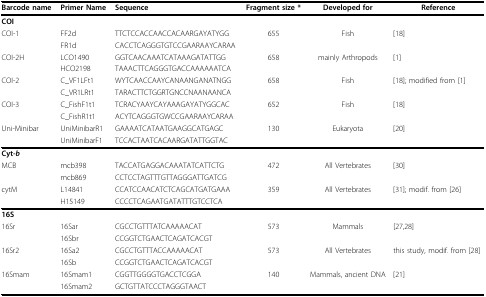
<table><thead><tr><td><b>Barcode name</b></td><td><b>Primer Name</b></td><td><b>Sequence</b></td><td><b>Fragment size *</b></td><td><b>Developed for</b></td><td><b>Reference</b></td></tr></thead><tbody><tr><td><b>COI</b></td><td></td><td></td><td></td><td></td><td></td></tr><tr><td>COI-1</td><td>FF2d</td><td>TTCTCCACCAACCACAARGAYATYGG</td><td>655</td><td>Fish</td><td>[18]</td></tr><tr><td></td><td>FR1d</td><td>CACCTCAGGGTGTCCGAARAAYCARAA</td><td></td><td></td><td></td></tr><tr><td>COI-2H</td><td>LCO1490</td><td>GGTCAACAAATCATAAAGATATTGG</td><td>658</td><td>mainly Arthropods</td><td>[1]</td></tr><tr><td></td><td>HCO2198</td><td>TAAACTTCAGGGTGACCAAAAAATCA</td><td></td><td></td><td></td></tr><tr><td>COI-2</td><td>C_VF1LFt1</td><td>WYTCAACCAAYCANAANGANATNGG</td><td>658</td><td>Fish</td><td>[18]; modified from [1]</td></tr><tr><td></td><td>C_VR1LRt1</td><td>TARACTTCTGGRTGNCCNAANAANCA</td><td></td><td></td><td></td></tr><tr><td>COI-3</td><td>C_FishF1t1</td><td>TCRACYAAYCAYAAAGAYATYGGCAC</td><td>652</td><td>Fish</td><td>[18]</td></tr><tr><td></td><td>C_FishR1t1</td><td>ACYTCAGGGTGWCCGAARAAYCARAA</td><td></td><td></td><td></td></tr><tr><td>Uni-Minibar</td><td>UniMinibarR1</td><td>GAAAATCATAATGAAGGCATGAGC</td><td>130</td><td>Eukaryota</td><td>[20]</td></tr><tr><td></td><td>UniMinibarF1</td><td>TCCACTAATCACAARGATATTGGTAC</td><td></td><td></td><td></td></tr><tr><td><b>Cyt-<i>b</i></b></td><td></td><td></td><td></td><td></td><td></td></tr><tr><td>MCB</td><td>mcb398</td><td>TACCATGAGGACAAATATCATTCTG</td><td>472</td><td>All Vertebrates</td><td>[30]</td></tr><tr><td></td><td>mcb869</td><td>CCTCCTAGTTTGTTAGGGATTGATCG</td><td></td><td></td><td></td></tr><tr><td>cytM</td><td>L14841</td><td>CCATCCAACATCTCAGCATGATGAAA</td><td>359</td><td>All Vertebrates</td><td>[31]; modif. from [26]</td></tr><tr><td></td><td>H15149</td><td>CCCCTCAGAATGATATTTGTCCTCA</td><td></td><td></td><td></td></tr><tr><td><b>16S</b></td><td></td><td></td><td></td><td></td><td></td></tr><tr><td>16Sr</td><td>16Sar</td><td>CGCCTGTTTATCAAAAACAT</td><td>573</td><td>Mammals</td><td>[27,28]</td></tr><tr><td></td><td>16Sbr</td><td>CCGGTCTGAACTCAGATCACGT</td><td></td><td></td><td></td></tr><tr><td>16Sr2</td><td>16Sa2</td><td>CGCCTGTTTACCAAAAACAT</td><td>573</td><td>All Vertebrates</td><td>this study, modif. from [28]</td></tr><tr><td></td><td>16Sb</td><td>CCGGTCTGAACTCAGATCACGT</td><td></td><td></td><td></td></tr><tr><td>16Smam</td><td>16Smam1</td><td>CGGTTGGGGTGACCTCGGA</td><td>140</td><td>Mammals, ancient DNA</td><td>[21]</td></tr><tr><td></td><td>16Smam2</td><td>GCTGTTATCCCTAGGGTAACT</td><td></td><td></td><td></td></tr></tbody></table>